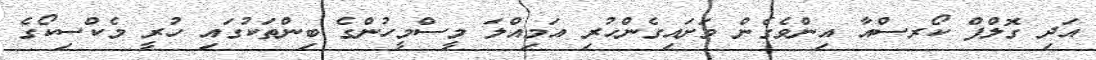
އަދި ގޮލްފް ކޯރސްއާ އިންވެގެން ވަށައިގެންހުރި އަމިއްލަ މީސްމީހުންގެ ބިންތަކުގައި ހުރީ މެކްސިކޯގެ